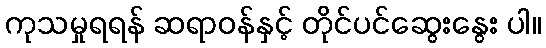
ကုသမှုရရန် ဆရာဝန်နှင့် တိုင်ပင်ဆွေးနွေး ပါ။